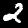
Label: 2